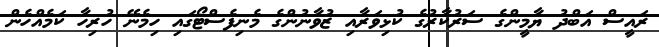
ރައީސް އަބްދު ޔާމީންގެ ސަރުކާރުގެ ކުޅިވަރާއި ޒުވާނުންގެ މެނިފެސްޓޯގައި ހިމެނޭ ހުރިހާ ކަމެއްހެން